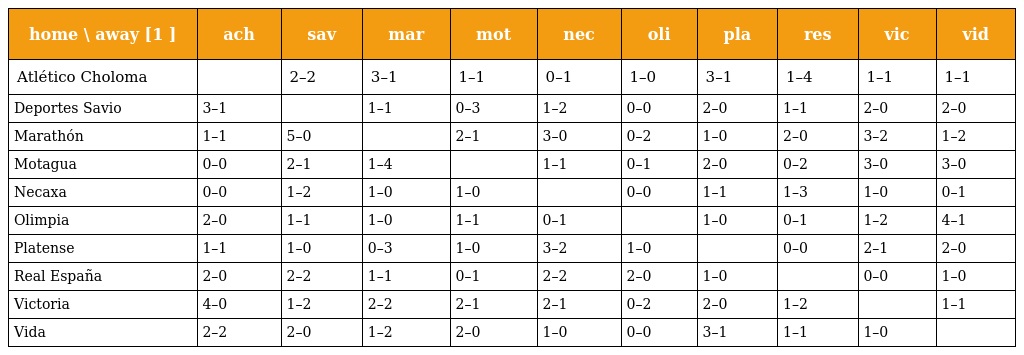
| home \ away [1 ] | ach | sav | mar | mot | nec | oli | pla | res | vic | vid |
 | --- | --- | --- | --- | --- | --- | --- | --- | --- | --- | --- |
 | Atlético Choloma |  | 2–2 | 3–1 | 1–1 | 0–1 | 1–0 | 3–1 | 1–4 | 1–1 | 1–1 |
 | Deportes Savio | 3–1 |  | 1–1 | 0–3 | 1–2 | 0–0 | 2–0 | 1–1 | 2–0 | 2–0 |
 | Marathón | 1–1 | 5–0 |  | 2–1 | 3–0 | 0–2 | 1–0 | 2–0 | 3–2 | 1–2 |
 | Motagua | 0–0 | 2–1 | 1–4 |  | 1–1 | 0–1 | 2–0 | 0–2 | 3–0 | 3–0 |
 | Necaxa | 0–0 | 1–2 | 1–0 | 1–0 |  | 0–0 | 1–1 | 1–3 | 1–0 | 0–1 |
 | Olimpia | 2–0 | 1–1 | 1–0 | 1–1 | 0–1 |  | 1–0 | 0–1 | 1–2 | 4–1 |
 | Platense | 1–1 | 1–0 | 0–3 | 1–0 | 3–2 | 1–0 |  | 0–0 | 2–1 | 2–0 |
 | Real España | 2–0 | 2–2 | 1–1 | 0–1 | 2–2 | 2–0 | 1–0 |  | 0–0 | 1–0 |
 | Victoria | 4–0 | 1–2 | 2–2 | 2–1 | 2–1 | 0–2 | 2–0 | 1–2 |  | 1–1 |
 | Vida | 2–2 | 2–0 | 1–2 | 2–0 | 1–0 | 0–0 | 3–1 | 1–1 | 1–0 |  |